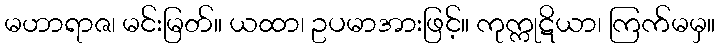
မဟာရာဇ၊ မင်းမြတ်။ ယထာ၊ ဥပမာအားဖြင့်။ ကုက္ကုဋိယာ၊ ကြက်မမှ။